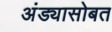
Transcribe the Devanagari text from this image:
अंड्यासोबत